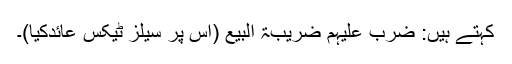
کہتے ہیں: ضرب علیہم ضریبۃ البیع (اس پر سیلز ٹیکس عائدکیا)۔